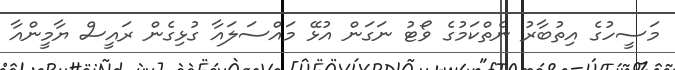
މަސީހުގެ އިތުބާރު ނެތްކަމުގެ ވޯޓު ނަގަން އުޅޭ މައްސަލައާ ގުޅިގެން ރައީސް ޔާމީންއާ